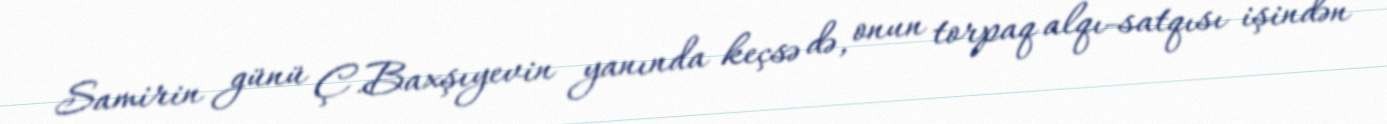
Samirin günü Ç.Baxşıyevin yanında keçsə də, onun torpaq alqı-satqısı işindən